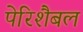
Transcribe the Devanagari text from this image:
पेरिशैबल